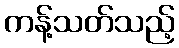
ကန့်သတ်သည့်